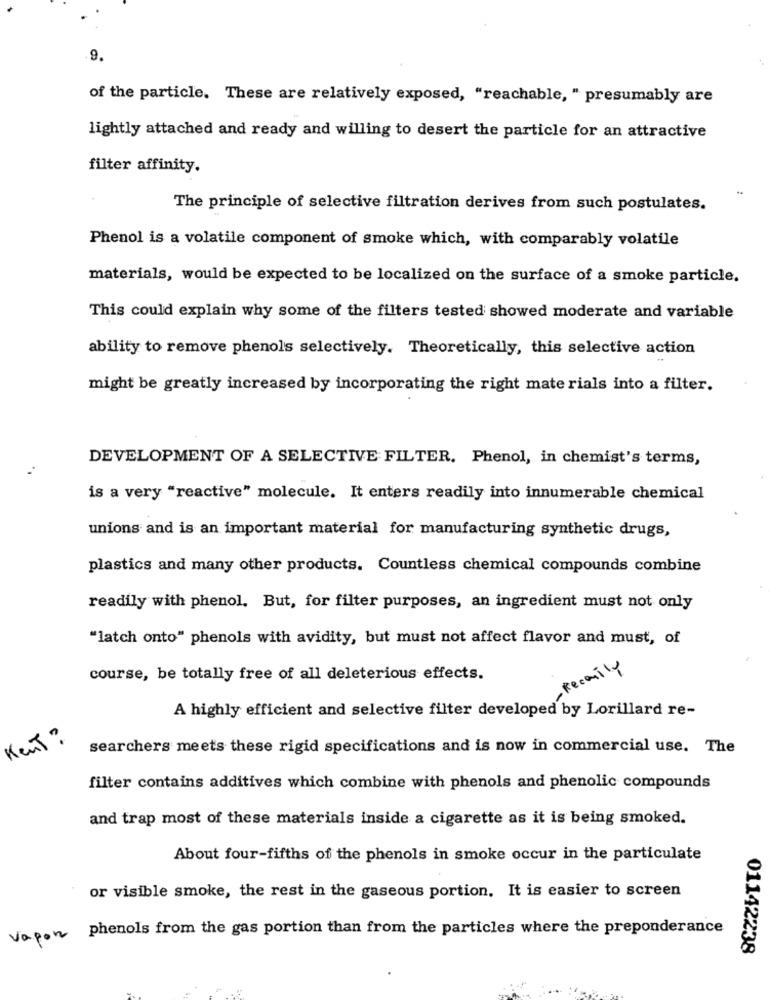
9.
of the particle. These are relatively exposed, "reachable, " presumably are
lightly attached and ready and willing to desert the particle for an attractive
filter affinity.
The principle of selective filtration derives from such postulates.
Phenol is a volatile component of smoke which, with comparably volatile
materials, would be expected to be localized on the surface of a smoke particle.
This could explain why some of the filters tested showed moderate and variable
ability to remove phenols selectively. Theoretically, this selective action
might be greatly increased by incorporating the right materials into a filter.
DEVELOPMENT OF A SELECTIVE FILTER. Phenol, in chemist's terms,
is a very "reactive" molecule. It enters readily into innumerable chemical
unions and is an important material for manufacturing synthetic drugs,
plastics and many other products. Countless chemical compounds combine
readily with phenol. But, for filter purposes, an ingredient must not only
"latch onto" phenols with avidity, but must not affect flavor and must, of
course, be totally free of all deleterious effects.
developed emily
A highly efficient and selective filter developed by Lorillard re-
Kent ?
searchers meets these rigid specifications and is now in commercial use. The
filter contains additives which combine with phenols and phenolic compounds
and trap most of these materials inside a cigarette as it is being smoked.
About four-fifths of the phenols in smoke occur in the particulate
or visible smoke, the rest in the gaseous portion. It is easier to screen
Vapon phenols from the gas portion than from the particles where the preponderance
01142238